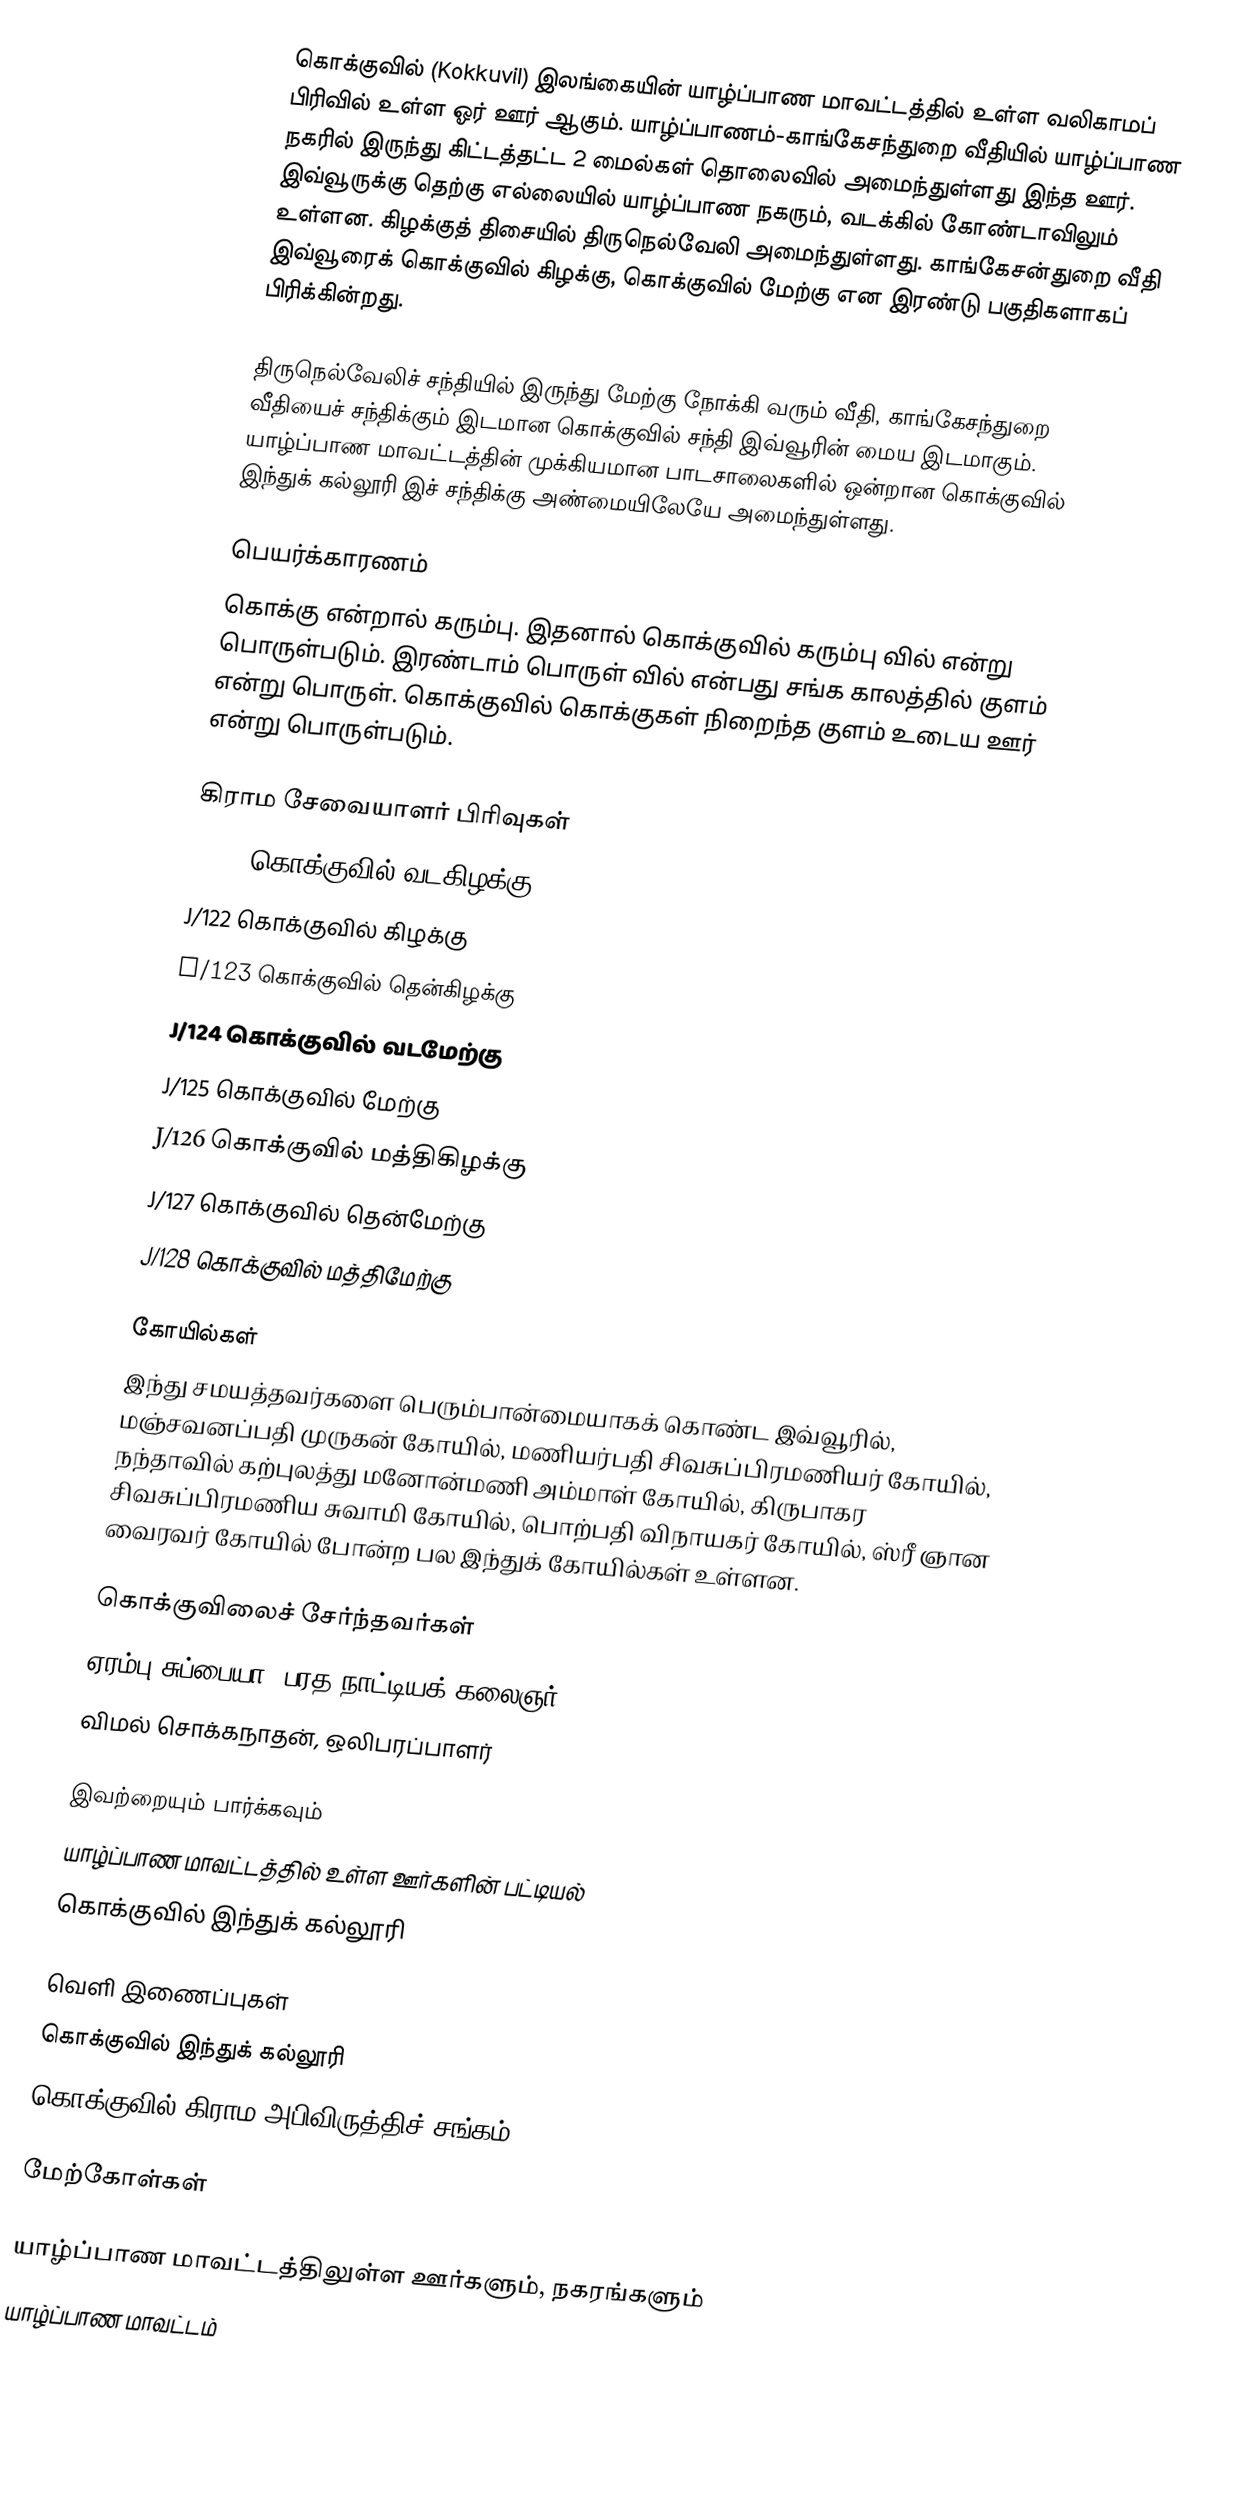
கொக்குவில் (Kokkuvil) இலங்கையின் யாழ்ப்பாண மாவட்டத்தில் உள்ள வலிகாமப் பிரிவில் உள்ள ஓர் ஊர் ஆகும். யாழ்ப்பாணம்-காங்கேசந்துறை வீதியில் யாழ்ப்பாண நகரில் இருந்து கிட்டத்தட்ட 2 மைல்கள் தொலைவில் அமைந்துள்ளது இந்த ஊர். இவ்வூருக்கு தெற்கு எல்லையில் யாழ்ப்பாண நகரும், வடக்கில் கோண்டாவிலும் உள்ளன. கிழக்குத் திசையில் திருநெல்வேலி அமைந்துள்ளது. காங்கேசன்துறை வீதி இவ்வூரைக் கொக்குவில் கிழக்கு, கொக்குவில் மேற்கு என இரண்டு பகுதிகளாகப் பிரிக்கின்றது.

திருநெல்வேலிச் சந்தியில் இருந்து மேற்கு நோக்கி வரும் வீதி, காங்கேசந்துறை வீதியைச் சந்திக்கும் இடமான கொக்குவில் சந்தி இவ்வூரின் மைய இடமாகும். யாழ்ப்பாண மாவட்டத்தின் முக்கியமான பாடசாலைகளில் ஒன்றான கொக்குவில் இந்துக் கல்லூரி இச் சந்திக்கு அண்மையிலேயே அமைந்துள்ளது.

பெயர்க்காரணம்
கொக்கு என்றால் கரும்பு. இதனால் கொக்குவில் கரும்பு வில் என்று பொருள்படும். இரண்டாம் பொருள் வில் என்பது சங்க காலத்தில் குளம் என்று பொருள். கொக்குவில் கொக்குகள் நிறைந்த குளம் உடைய ஊர் என்று பொருள்படும்.

கிராம சேவையாளர் பிரிவுகள்
 J/121 கொக்குவில் வடகிழக்கு
 J/122 கொக்குவில் கிழக்கு
 J/123 கொக்குவில் தென்கிழக்கு
 J/124 கொக்குவில் வடமேற்கு
 J/125 கொக்குவில் மேற்கு
 J/126 கொக்குவில் மத்திகிழக்கு
 J/127 கொக்குவில் தென்மேற்கு
 J/128 கொக்குவில் மத்திமேற்கு

கோயில்கள்
இந்து சமயத்தவர்களை பெரும்பான்மையாகக் கொண்ட இவ்வூரில், மஞ்சவனப்பதி முருகன் கோயில், மணியர்பதி சிவசுப்பிரமணியர் கோயில், நந்தாவில் கற்புலத்து மனோன்மணி அம்மாள் கோயில், கிருபாகர சிவசுப்பிரமணிய சுவாமி கோயில், பொற்பதி விநாயகர் கோயில், ஸ்ரீ ஞான வைரவர் கோயில் போன்ற பல இந்துக் கோயில்கள் உள்ளன.

கொக்குவிலைச் சேர்ந்தவர்கள்
 ஏரம்பு சுப்பையா, பரத நாட்டியக் கலைஞர்
 விமல் சொக்கநாதன், ஒலிபரப்பாளர்

இவற்றையும் பார்க்கவும்
 யாழ்ப்பாண மாவட்டத்தில் உள்ள ஊர்களின் பட்டியல்
 கொக்குவில் இந்துக் கல்லூரி

வெளி இணைப்புகள்
கொக்குவில் இந்துக் கல்லூரி
கொக்குவில் கிராம அபிவிருத்திச் சங்கம்

மேற்கோள்கள்

யாழ்ப்பாண மாவட்டத்திலுள்ள ஊர்களும், நகரங்களும்
யாழ்ப்பாண மாவட்டம்